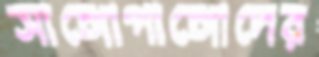
সাঙ্গোপাঙ্গোদের